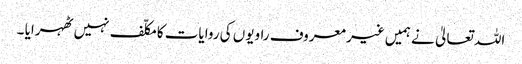
اللہ تعالیٰ نے ہمیں غیر معروف راویوں کی روایات کا مکلّف نہیں ٹھہرایا ۔